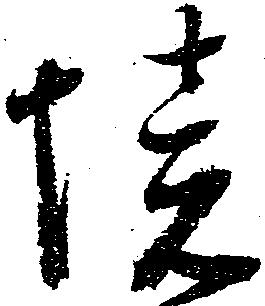
境